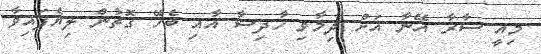
މިއީ ސާރާ އޭނާ އަށް ދިމާވި ހާދިސާ އާއި ބެހޭ ގޮތުން ލިޔެފައިވާ